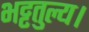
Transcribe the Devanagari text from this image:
भट्टतुल्य।